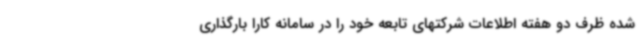
شده ظرف دو هفته اطلاعات شرکتهای تابعه خود را در سامانه کارا بارگذاری